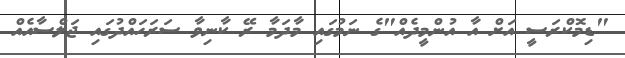
"ޑިމޮކްރަސީ އަށް އާ އުންމީދެއް"ގެ ނަމުގައި މާދަމާ ރޭ ކާނިވާ ސަރަހައްދުގައި ޖަލްސާއެއް